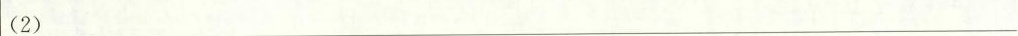
(2)___